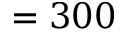
= 3 0 0